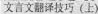
文言文翻译技巧（上）